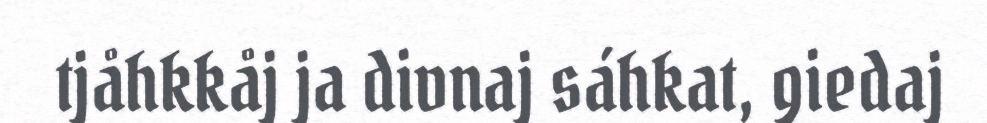
tjåhkkåj ja divnaj sáhkat, giedaj